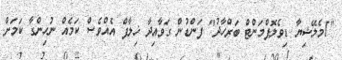
"1މެލޭޝިޔާ ޑިވެލޮޕްމަންޓް ބަރްހާދު" ފަންޑުން ގަވާއިދާ ޚިލާފް އެއްވެސް ކަމެއް ނުހިންގާ ކަމަށް